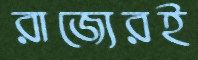
রাজ্যেরই